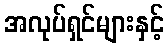
အလုပ်ရှင်များနှင့်